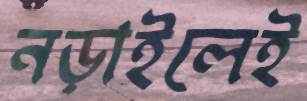
নড়াইলেই